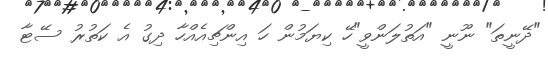
"ދޭނީތަ" ނޫނީ "އަތުލަންވީ"ހޭ ކިޔަމުން ހަ އިންޗިއެއްހާ ދިގު އެ ކަތުރު ސޭޓާ